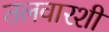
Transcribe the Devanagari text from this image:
तलवारशी